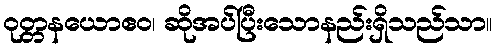
ဝုတ္တနယောဧဝ၊ ဆိုအပ်ပြီးသောနည်းရှိသည်သာ။